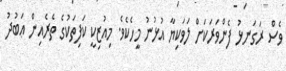
ވެސް ރަގަނޅު ފެންވަރަކަށް ލަވަކިޔާ އުޅުނު މީހެކެވެ. މިއުޒިކީ ކަފިތަކުގެ ތެރެއިން ޢަބުދު